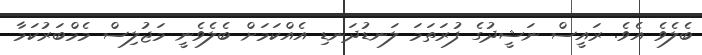
ބެލެވެ އެވެ. ރައީސް ނަޝީދުގެ ފުރަތަމަ ލަނޑުދަނޑި އެއްކަމަށް ބެލެވެނީ މަޖުލިސް މެމްބަރުކަމާ